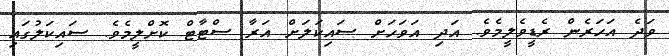
ވަދެ އަހަރެން ރެޑީވެލީމެވެ. އަދި އަވަހަށް ސައިކަލަށް އަރާ ސްޓާޓް ކޮށްލީމެވެ. ސައިކަލުގައި